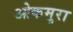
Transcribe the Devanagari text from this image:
ओकमुरा